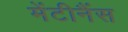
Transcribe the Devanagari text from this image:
मेंटीनैंस